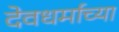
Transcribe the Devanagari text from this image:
देवधर्माच्या